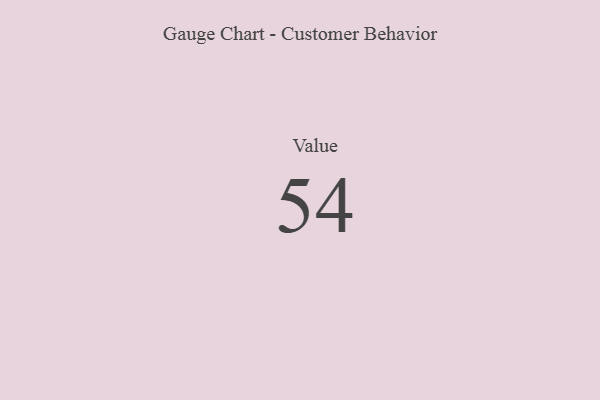
{"axis": {"x": "Metric", "y": "Value"}, "legend": [""], "data": [{"x": "Value", "y": 54, "type": ""}]}